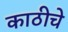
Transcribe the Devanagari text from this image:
काठीचे